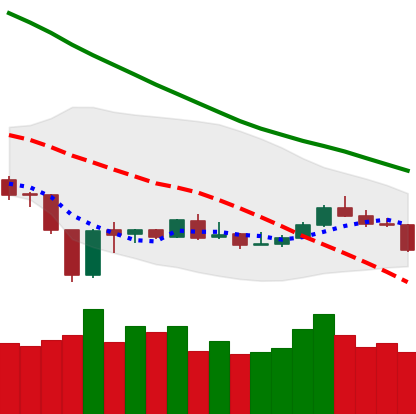
Ticker: BNB-USD
Chart end date: 2020-01-02
Forward return: 15.216%
Label: up_7plus